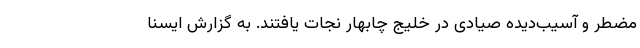
مضطر و آسیب‌دیده صیادی در خلیج چابهار نجات یافتند. به گزارش ایسنا